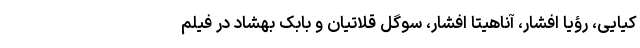
کیایی، رؤیا افشار، آناهیتا افشار، سوگل قلاتیان و بابک بهشاد در فیلم